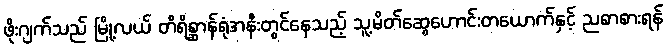
ဖိုးဂျက်သည် မြို့လယ် တိရိစ္ဆာန်ရုံအနီးတွင်နေသည့် သူ့မိတ်ဆွေဟောင်းတယောက်နှင့် ညစာစားရန်